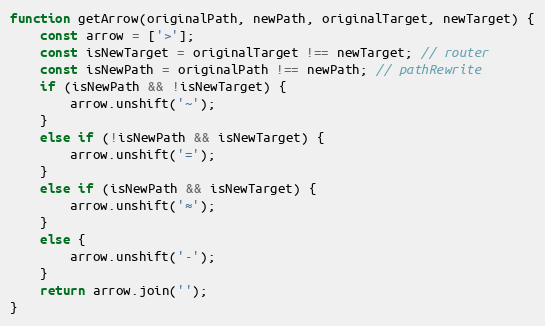
Language: JavaScript
function getArrow(originalPath, newPath, originalTarget, newTarget) {
    const arrow = ['>'];
    const isNewTarget = originalTarget !== newTarget; // router
    const isNewPath = originalPath !== newPath; // pathRewrite
    if (isNewPath && !isNewTarget) {
        arrow.unshift('~');
    }
    else if (!isNewPath && isNewTarget) {
        arrow.unshift('=');
    }
    else if (isNewPath && isNewTarget) {
        arrow.unshift('≈');
    }
    else {
        arrow.unshift('-');
    }
    return arrow.join('');
}